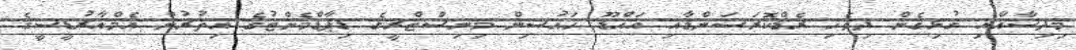
މިދިސާއާއި ގުޅިގެން ދިވެހި ރެޑްކޮރަސަންޑާއި އައްޑޫ ހައުސިން މިނިސްޓްރީގެ ޑިޕާޑްމެންޓުގެ އިތުރުން އެމްއާރުޑީސީގެ